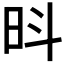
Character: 𪰍